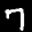
Label: 7